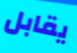
يقابل